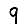
Digit: 9